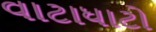
વાટાધાટો